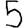
Digit: 5